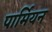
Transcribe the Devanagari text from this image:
पार्मियन